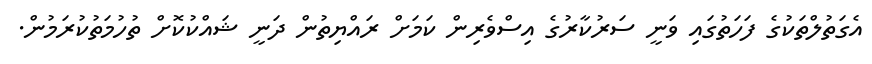
އެގަތުލްތަކުގެ ފަހަތުގައި ވަނީ ސަރުކާރުގެ އިސްވެރިން ކަމަށް ރައްޔިތުން ދަނީ ޝައްކުކޮށް ތުހުމަތުކުރަމުން.